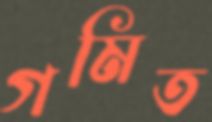
গমিত